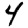
Digit: 4